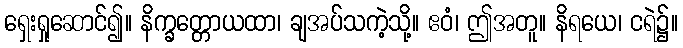
ရှေးရှုဆောင်၍။ နိက္ခတ္တောယထာ၊ ချအပ်သကဲ့သို့။ ဧဝံ၊ ဤအတူ။ နိရယေ၊ ငရဲ၌။